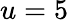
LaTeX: u=5